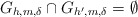
\begin{align*}G_{h,m,\delta}\cap G_{h',m,\delta}=\emptyset\end{align*}